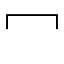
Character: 冖